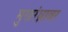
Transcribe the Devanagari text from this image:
मुखरंध्रावर